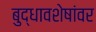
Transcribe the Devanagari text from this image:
बुद्धावशेषांवर